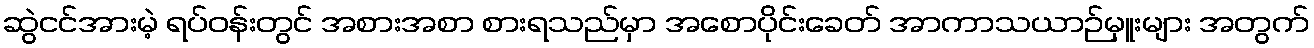
ဆွဲငင်အားမဲ့ ရပ်ဝန်းတွင် အစားအစာ စားရသည်မှာ အစောပိုင်းခေတ် အာကာသယာဉ်မှူးများ အတွက်